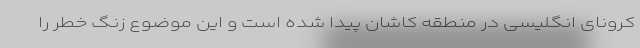
کرونای انگلیسی در منطقه کاشان پیدا شده است و این موضوع زنگ خطر را